King Institute of Preventive Medicine Micro-Biological Section reports 1909-11
Year: 1909
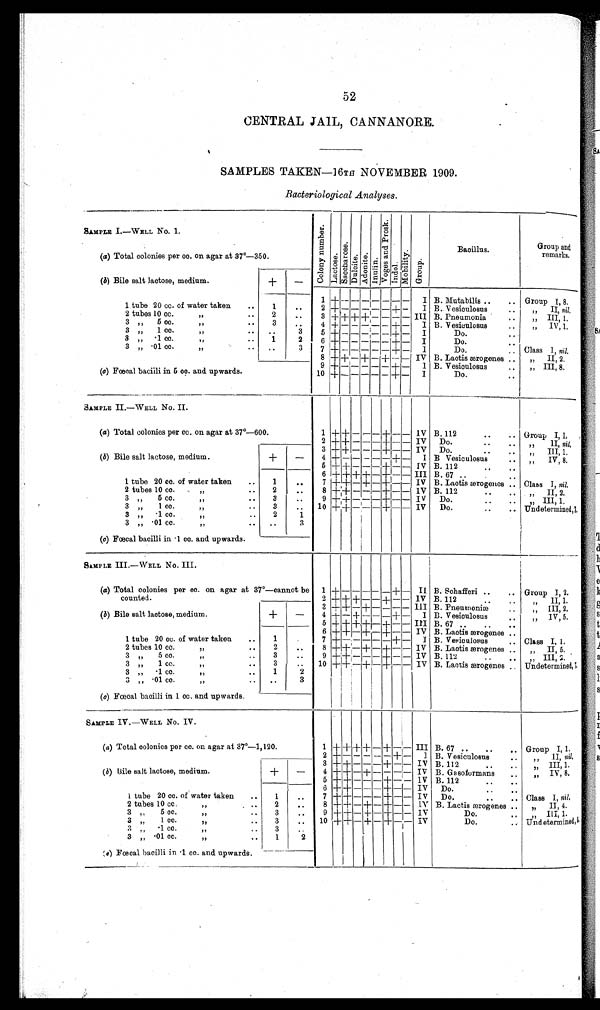
52
CENTRAL JAIL, CANNANORE.
SAMPLES TAKEN—16TH NOVEMBER 1909.
Bacteriological Analyses.
SAMPLE 1.
—
WELL No. 1.
C o l o n y n u m b e r . L a c t o s e . S a c c h a r o s e . Dul ci t e. A d o n i t e . I n u l i n . V o g e s a n d P r o s k . I n d o l .
Mo b i l i t y . Gr oup.
Bacillus.
Group and
remarks.
(a) Total colonies per cc. on agar at 37º—350.
(b) Bile salt lactose, medium.
+ —
1 +
— — — —
— — — I B. Mutabilis.. .. Group 1, 8.
1 tube 20 cc. of water taken .. 1 .. 2 +
— — — —
— + — I B. Vesiculosus .. „ II, nil.
2 tubes 10 cc. , ,
. . 2 .. 3 + + + + — — — — III B. Pneumonia .. ,, III, 1.
3 „ 5 cc.
. . 3 .. 4 + — —
—
— — + — I B. Vesiculosus .. ,, IV, 1.
3 „ 1 cc.
, ,
. . . .
3 5 + — — — —
—
+ — I
D o . . .
3 „ ·1 cc.
, ,
. . 1
2 6 + — — — — —
+ — I
Do. ..
3 „
· 0 1 c c .
, ,
. . . .
3 7 + — — — — — + — I
Do. .. Class 1, nil.
8 + + — + — +
—
— IV B. Lactis ærogenes ..
II 2
,, II, 2.
9 +
— — — — — + — I B. Vesiculosus .. „ III, 8.
(a) Fœcal baciili in 5 cc. and. upwards.
10 + —
—
— — — +
—
I
Do. ..
SAMPLE II.—WELL No. II.
(a) Total colonies per cc. on agar at 37°—
600.
1 + +
— — —
+
— —
IV B. 112 .. .. Group I , I ,
2 +
+
— — —
+
— —
IV D o . . .
, , I I ,
n i l ,
3 + + — —
—
+
— —
IV D o . . . . .
III, 1.
(b) Bile salt lactose, medium.
+ —
4 + — — — — — + — I B Vesiculosus .. ,, IV, 8.
5 + +
— — —
+
— —
IV B. 112
.. ..
6 + + + + — + — — III B. 67 .. ..
1 tube 20 cc. of water taken .. 1 .. 7 + + — + — +
— —
IV B. Lactis ærogenes .. Class I, nil.
2 tubes 10 cc.
„
.. 2 .. 8 +
+ —
—
— +
— —
IV B . 1 1 2 . . . .
, , I I , 2
3
, ,
5 c c .
, ,
. . 3 .. 9 +
+ — — — + —
—
IV Do. .. .. „ III, 1.
3 „
1 c c .
, , . . 3 .. 10 +
+
— — —
+
— —
IV Do. .. .. Undetermined,7.
3 „
. 1 c c .
, , . . 2
1
3 „
. 0 1 c c .
, ,
. . ..
3
(a) Fœcal bacilli in .1 cc. and upwards.
SAMPLE III.—WELL No. III.
(a) Total colonies per cc. on agar at 37°—cannot be counted. 1 + — —
— — — + — II B. Schafferi .. .. Group I, 2.
2 + + +
— — +
— —
IV B. 112 .. ..
, , I I 1 .
3 + +
—
+
— — — —
III B. Pneumoniæ .. „ III, 2.
(b) Bile salt lactose, medium.
+ — 4 + — +
— — —
+
—
I B. Vesiculosus .. , , IV, 5
5 + + +
+
—
+
— —
III B. 67 .. .. ..
6 + + — + — + — — IV B. Lactis ærogenes ..
1 tube 20 cc. of water taken .. 1 .
7 + —
— —
—
—
+ — I B. Vesiculosus .. Class I, 1.
2 tubes 10 cc. ,, . . 2 .. 8 + +
—
+
—
+
—
— IV B. Lactis ærogenes ..
, , I I , 5 .
3 „ 5 cc.
, ,
. . 3 .. 9 + + —
—
— + — — IV B. 112 .. .. „ III, 2.
3 „ 1 cc.
.. 3 .. 10 +
+
—
+ — +
— —
IV B. Lactis ærogenes .. Undetermined, 7.
3 „
· 1 c c
..
1
2
3 „
· 0 1 c c .
, ,
. .
. .
3
(c) Fœcal bacilli in 1 cc. and upwards.
SAMPLE IV.—WELL NO. IV.
(a) Total colonies per cc. on agar at 37°—
1,120.
1 + + + + — +
— —
III B. 67 .. .. .. Group I, 1,
2 + — — —
— —
+ + I B. Vesiculosus .. „ II, nil.
3 + +
— — —
+
— —
IV B.112 .. „ III, 1.
(b) Bile salt lactose, medium.
+ — 4 +
+
—
+
— — — —
IV B. Gasoformans .. ,, IV, 8.
5 + +
— — —
+
—
— 1V B.112 .. ..
6 +
+
— — —
+
— —
IV D o . . . . .
1 t u b e
2 0 c c . o f w a t e r t a k e n
. . 1 .. 7 + +
—
—
—
+ —
—
IV Do. .. .. Class I, nil.
2 tubes 10 cc.
, ,
. . 2
. . 8 + + — +
—
+
— —
IV B. Lactis ærogenes .. „ II, 4.
3
, ,
5
c c .
, ,
. . 3 .. 9 + + — + — + —
—
IV
Do. ..
, , I I I , 1 .
3 „ 1. cc.
, ,
. . 3 .. 10 +
+ — + — +
— —
IV
Do. .. Undetermined,
3
, ,
. 1 c c .
, ,
. .
3
. .
3 „
. 0 1 c c .
.. 1
2
(c) Fœcal bacilli in .1c c . a n d u p w a r d s .